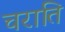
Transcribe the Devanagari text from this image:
चराति